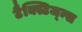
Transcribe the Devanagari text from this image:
टैक्स्टिज्म्स